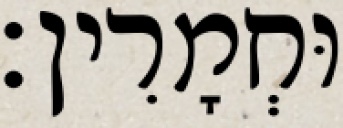
וּחְמָרִין׃